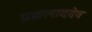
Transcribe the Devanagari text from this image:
प्रह्मलाददेव